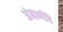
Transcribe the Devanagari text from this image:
अंबाणींचे